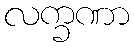
လက္ခဏာ